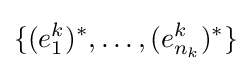
\{(e_{1}^{k})^{*},\ldots ,(e_{n_{k}}^{k})^{*}\}